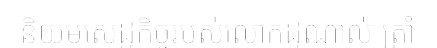
និយមសេដ្ឋកិច្ចរបស់លោកដូណាល់ ត្រាំ